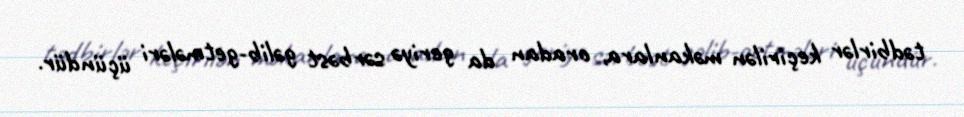
tədbirlər keçirilən məkanlara, oradan da geriyə sərbəst gəlib-getmələri üçündür.